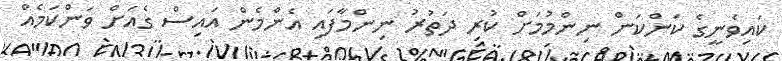
ކައިވެނީގެ ކަންކަން ނިންމުމަށް ކުރި ދަތުރު ނިންމާފައި އެންމެން އައިސް ގެއަށް ވަންކަމެއް